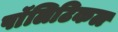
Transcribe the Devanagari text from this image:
पाॅलिटिकल